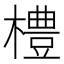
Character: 𪴀